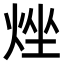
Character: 𤉛